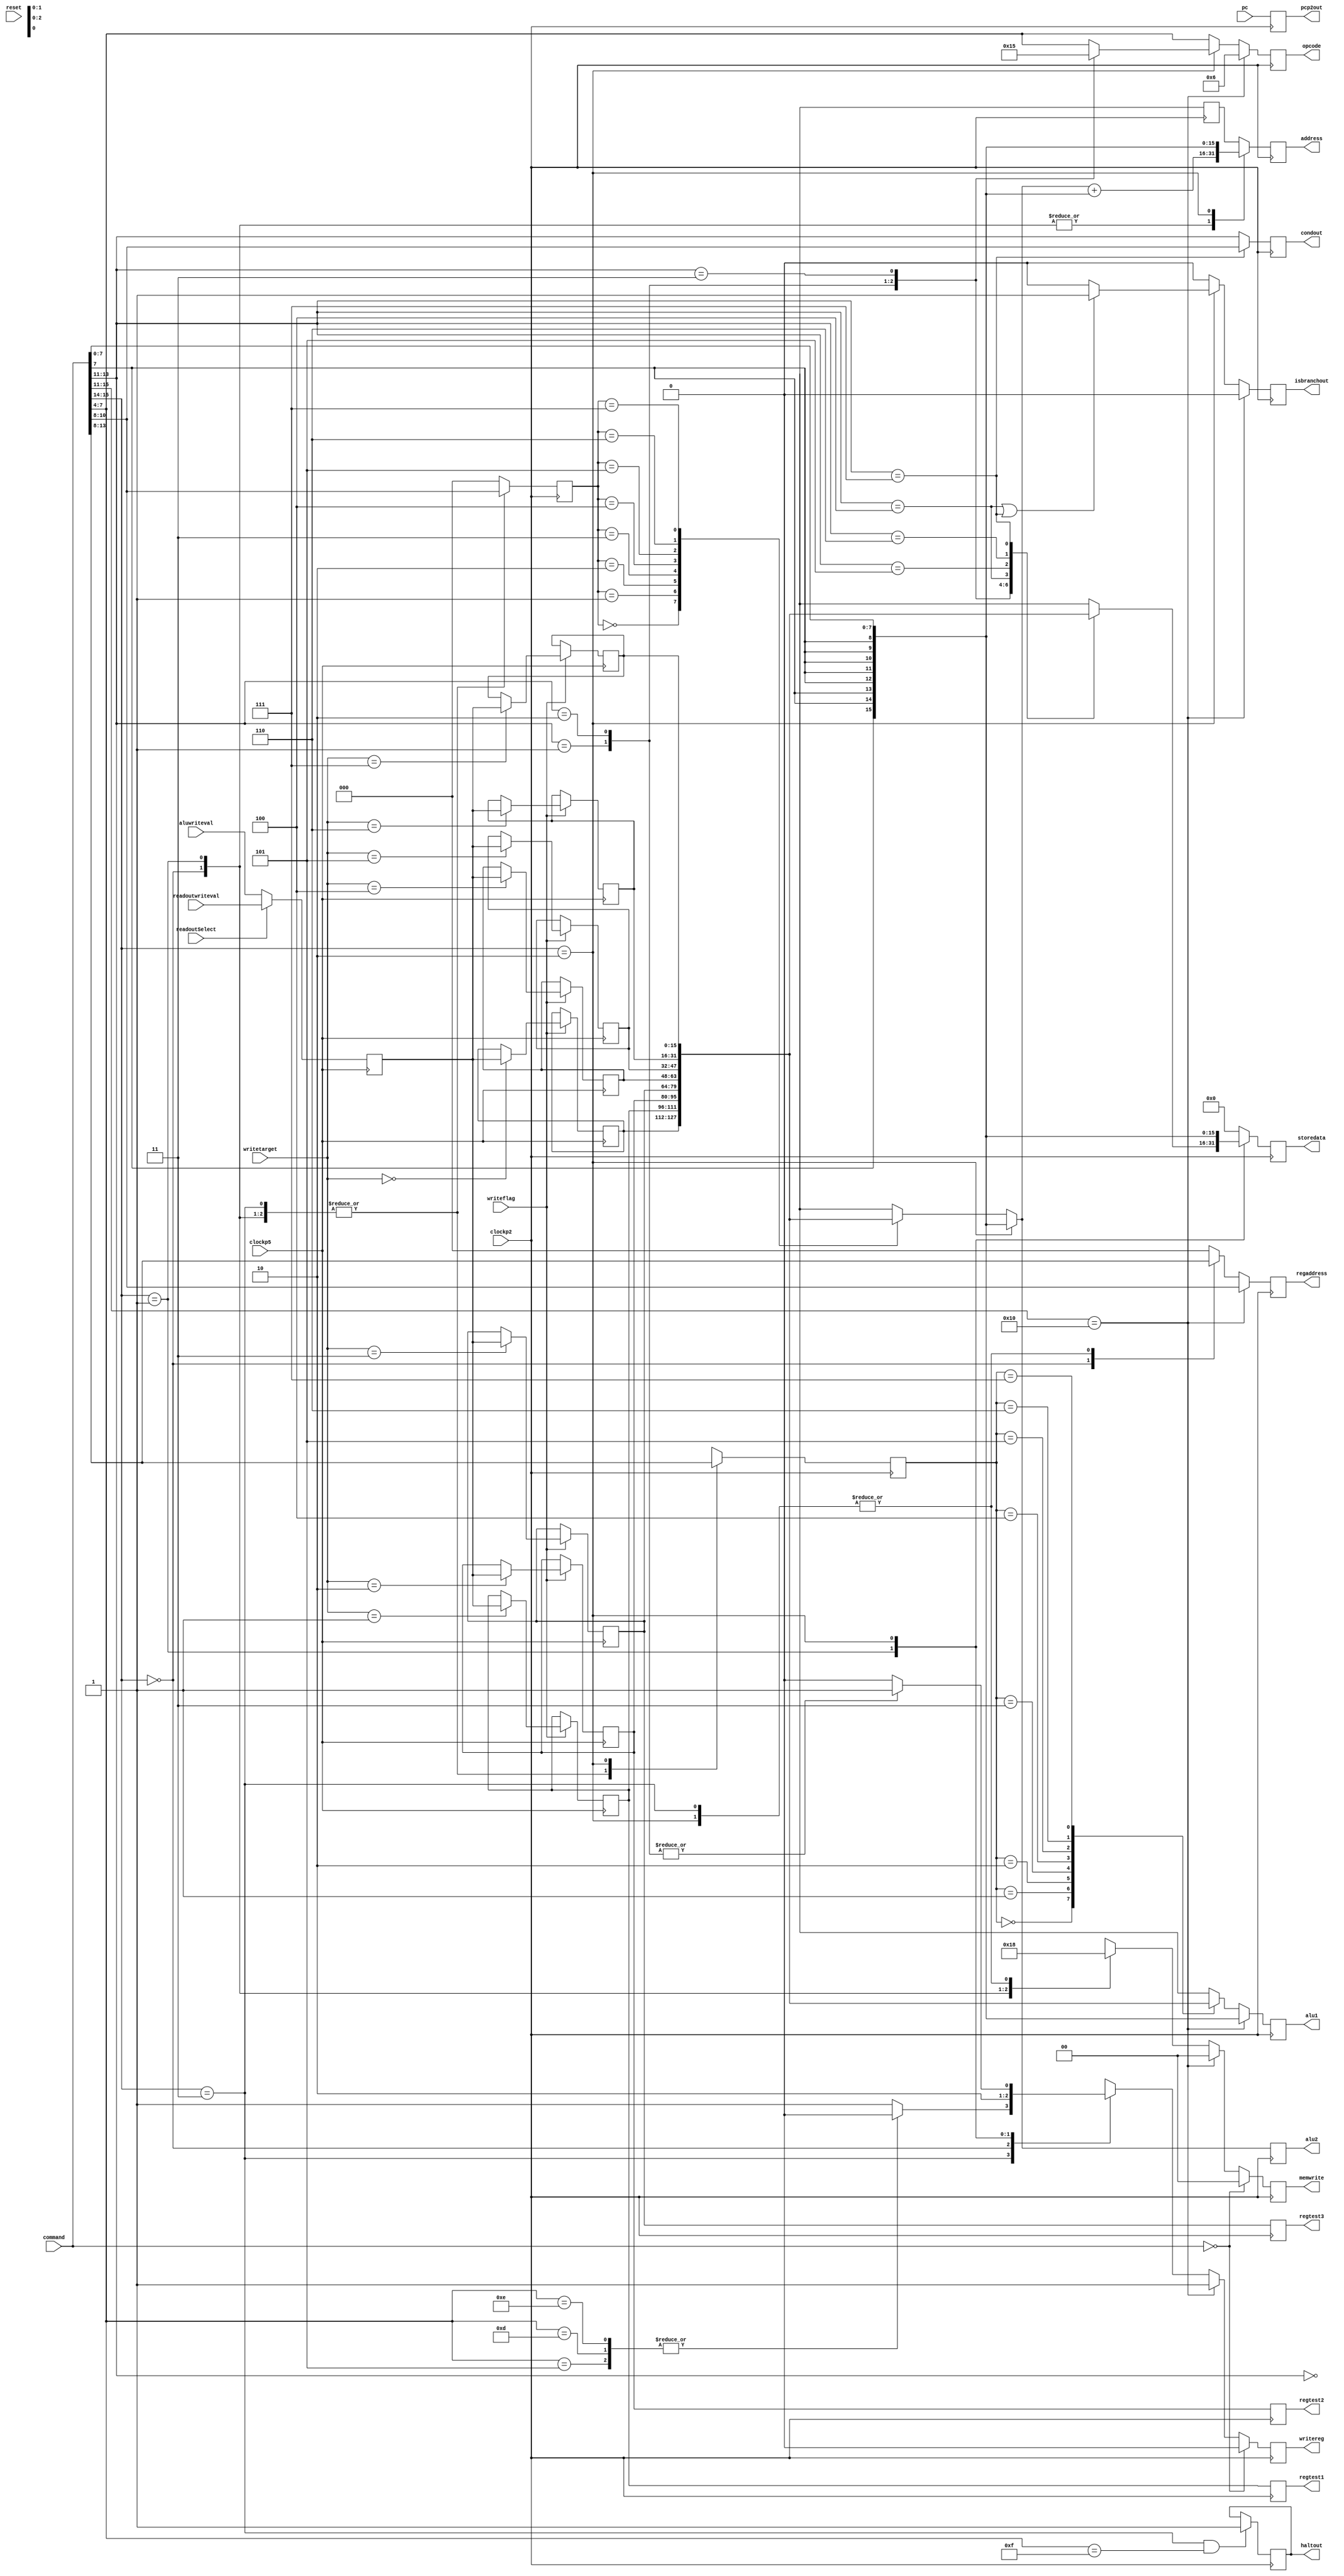
module p2(
	input clockp2,
	input [15:0] command, // command
	input [15:0] pc, // value of pc
	input [2:0] writetarget, // where to write register
	input [15:0] readoutwriteval, 
	input writeflag, // whether to write in register
	input [15:0] aluwriteval,
	input readoutSelect,
	input clockp5,
	input reset,
	output reg [15:0] alu1, alu2,
	output reg writereg,
	output reg [1:0] memwrite,
	output reg [2:0] regaddress,
	output reg [3:0] opcode,
	output reg [15:0] address,
	output reg [15:0] storedata,
	output reg isbranchout,
	output reg [2:0] condout,
	output reg [15:0] pcp2out,
	output reg haltout,
	output reg[15:0] regtest1,
	output reg[15:0] regtest2,
	output reg[15:0] regtest3 );
	
reg [2:0] alu1address, alu2address;
wire [15:0] alu1val, alu2val;
reg [15:0] writevalreg;


/////////////////
/// registers ///
/////////////////

reg [15:0] r0, r1, r2, r3, r4, r5, r6, r7;

// initial assignments for testing 
initial begin
	haltout <= 1'b0;
end

// read register value
function [15:0] read;
input [2:0] addressin;
	case (addressin)
	0: read = r0;
	1: read = r1;
	2: read = r2;
	3: read = r3;
	4: read = r4;
	5: read = r5;
	6: read = r6;
	7: read = r7;
	default: read = 16'b0;
	endcase
endfunction


/////////////////
/// functions ///
/////////////////

function [15:0] signext8;
input [7:0] d;
signext8 = {{8{d[7]}} , d[7:0]};
endfunction

function [15:0] signext4;
input [3:0] d;
signext4 = {{12{d[3]}} , d[3:0]};
endfunction

// function to get aluaddress1 and aluaddress2
function [2:0] getaluaddress1;
input [15:0] command;
case (command[15:14])
	3: getaluaddress1 = command[13:11];
	0: getaluaddress1 = command[13:11];
	1: getaluaddress1 = command[13:11];
	2: getaluaddress1 = command[10:8]; // math immidiate
	default: getaluaddress1 = 3'b000;
endcase
endfunction
	
function [2:0] getaluaddress2;
input [15:0] command;
case (command[15:14])
	3: getaluaddress2 = command[10:8];
	0: getaluaddress2 = command[10:8];
	1: getaluaddress2 = command[10:8];
	default: getaluaddress2 = 3'b000;
endcase
endfunction

function [3:0] getopcode;
input [15:0] command;
case (command[15:14])
	2: case (command[13:11])
			1: getopcode = 4'b0000; // addi
			2: getopcode = 4'b0001; // subi
			3: getopcode = 4'b0101; // cmpi
			default: getopcode = command[7:4];
		endcase
	default: getopcode = command[7:4];
endcase
endfunction

// functions to get writereg
function getwritereg;
input [15:0] command;
	case (command[15:14])
		3: case (command[7:4])
				5: getwritereg = 1'b0; // cmp 
				13: getwritereg= 1'b0; // out
				14: getwritereg = 1'b0; // hlt
				default: getwritereg = 1'b1; // other arithmetic instructions 
			endcase
		0: getwritereg = 1'b1;
		1: getwritereg = 1'b0;
		2: case (command[13:11])
				1: getwritereg = 1'b1; // addi
				2: getwritereg = 1'b1; // subi
				3: getwritereg = 1'b0; // cmpi
				default: getwritereg = 1'b0;
			endcase
		default: getwritereg = 1'b0;
	endcase
endfunction

// function to get memwrite
function [1:0] getmemwrite;
input [15:0] command;
	case (command[15:14])
		3: getmemwrite = 2'b00;
		0: getmemwrite = 2'b01;
		1: getmemwrite = 2'b10;
		2: getmemwrite = 2'b00; // changed for math immidiate
		default: getmemwrite = 2'b00;
	endcase
endfunction

// function to get regaddress
function [2:0] getregaddress;
input [15:0] command;
	case (command[15:14])
		3: getregaddress = command[10:8];
		0: getregaddress = command[13:11];
		2: getregaddress = command[10:8];
		default: getregaddress = 3'b000;
	endcase
endfunction


// function to get memory address
function [15:0] getaddress;
input [15:0] alu2;
input [15:0] command;
	case (command[15:14])
	0: getaddress = alu2 + signext8(command[7:0]); // load
	1: getaddress = alu2 + signext8(command[7:0]);
	2: getaddress = signext8(command[7:0]);
	endcase
endfunction

// function to get storedata
function [15:0] getstoredata;
input [15:0] command;
case(command[15:14])
	1: getstoredata = read(command[13:11]);
	2: getstoredata = signext8(command[7:0]);
	default: getstoredata = 16'b0;
endcase
endfunction

// function for branches
function getisbranch;
input [15:0] command;
case (command[15:14])
	2: if ((command[13:11] == 3'b100) || (command[13:11] == 3'b111)) begin
			getisbranch = 1;
		end else begin
			getisbranch = 0;
		end
	default: getisbranch = 0;
endcase
endfunction

function [2:0] getcond;
input [15:0] command;
case (command[13:11]) 
	7: getcond = command[10:8];
	default: getcond = command[13:11];
endcase
endfunction

////////////
/// main ///
////////////

always @(posedge clockp2) begin
	// get register things
	writereg = getwritereg(command);
	regaddress = getregaddress(command);
	// get alu1 and 2
	alu1address = getaluaddress1(command);
	alu2address = getaluaddress2(command);
	opcode = getopcode(command);
	// command[7:4];
	// get memory things
	memwrite = getmemwrite(command);
	storedata = getstoredata(command);
	// branch commands
	condout = getcond(command);
	isbranchout = getisbranch(command);
	pcp2out = pc;
	// load immidiate
	if (command[15:11] == 5'b10000) begin
		isbranchout <= 1'b0;
		writereg <= 1'b1;
		regaddress <= command[10:8];
		opcode <= 4'b0110;
		memwrite <= 2'b00;
	end
	//	nop command
	if (command == 16'b0) begin
		writereg <= 1'b0;
		memwrite <= 2'b0;
	end
	// halt
	if (command[15:14] == 2'b11 && command[7:4] == 4'b1111) begin
		haltout = 1'b1;
	end
	// for debug
	regtest1 = r1;
	regtest2 = r2;
	regtest3 = r3;
end

// read from register
always @(negedge clockp2) begin
	// load immidiate
	if (command[15:11] == 5'b10000) begin
		alu1 = signext8(command[7:0]);
	end else begin
		alu1 = read(alu1address);
	end
	// math immidiate
	if (command[15:14] == 2'b10) begin
		alu2 = signext8(command[7:0]);
	end else begin
		alu2 = read(alu2address);
	end
	// get load/store memory address
	address <= getaddress(alu2, command);

end

// select what to write
always @(posedge clockp5) begin
	if (readoutSelect == 1'b1) begin
		writevalreg = readoutwriteval;
	end else begin
		writevalreg = aluwriteval;
	end
end


// write to register or reset register values 
always @(negedge clockp5) begin
if (writeflag == 1'b1) begin // if write to register
	case (writetarget)
		0: r0 <= writevalreg;
		1: r1 <= writevalreg;
		2: r2 <= writevalreg;
		3: r3 <= writevalreg;
		4: r4 <= writevalreg;
		5: r5 <= writevalreg;
		6: r6 <= writevalreg;
		7: r7 <= writevalreg;
	endcase
end

//if(reset) begin
//	r0 <= 0;
//	r1 <= 0;
//	r2 <= 0;
//	r3 <= 0;
//	r4 <= 0;
//	r5 <= 0;
//	r6 <= 0;
//	r7 <= 0;
//end
end

endmodule